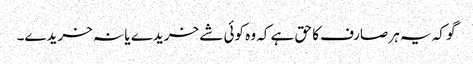
گو کہ یہ ہر صارف کا حق ہے کہ وہ کوئی شے خریدے یا نہ خریدے۔